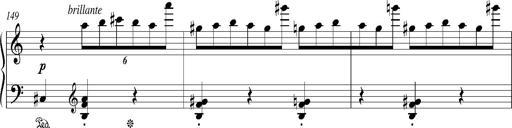
Title: Bagatelle sans tonalitÃ©
Composer: Franz Liszt